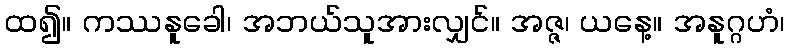
ထ၍။ ကဿနူခေါ၊ အဘယ်သူအားလျှင်။ အဇ္ဇ၊ ယနေ့။ အနူဂ္ဂဟံ၊